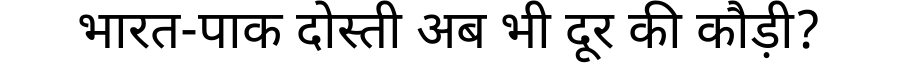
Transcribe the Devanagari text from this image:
भारत-पाक दोस्ती अब भी दूर की कौड़ी?